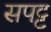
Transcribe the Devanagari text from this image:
सपट्ट